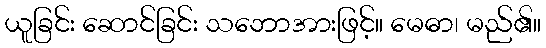
ယူခြင်း ဆောင်ခြင်း သဘောအားဖြင့်။ မေဓာ၊ မည်၏။